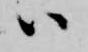
ハ